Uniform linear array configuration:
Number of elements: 4
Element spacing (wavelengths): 0.5
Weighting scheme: cosine
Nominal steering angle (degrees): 15
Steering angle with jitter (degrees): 14.759
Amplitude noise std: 0.05
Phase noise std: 0.05

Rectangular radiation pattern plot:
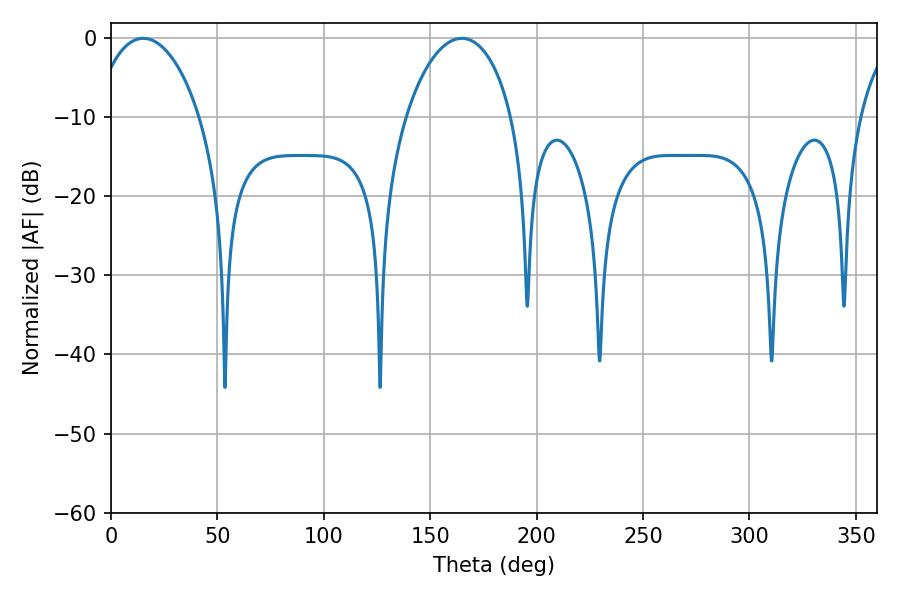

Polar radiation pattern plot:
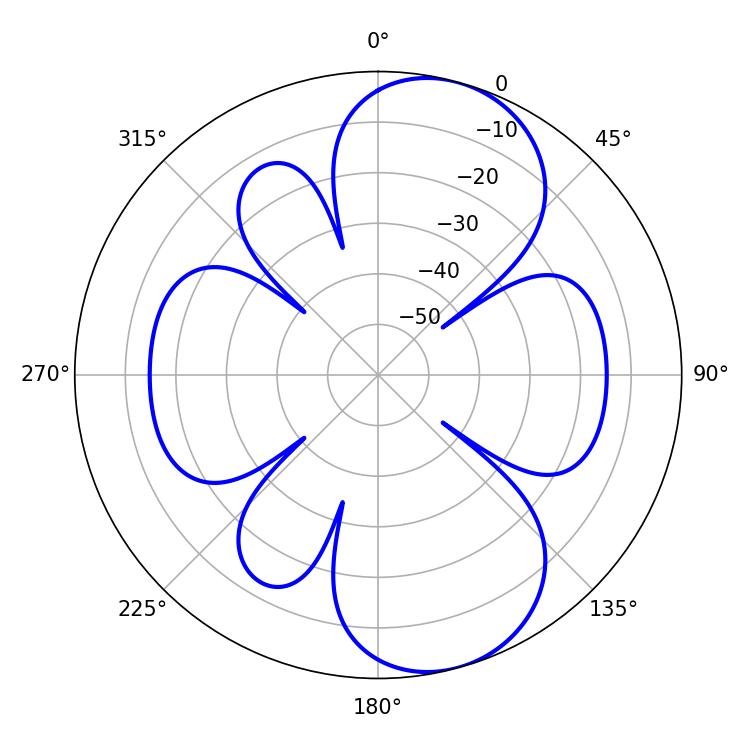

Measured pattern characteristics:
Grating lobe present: FALSE
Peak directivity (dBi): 8.796
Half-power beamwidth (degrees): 28.44
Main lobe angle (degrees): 164.88